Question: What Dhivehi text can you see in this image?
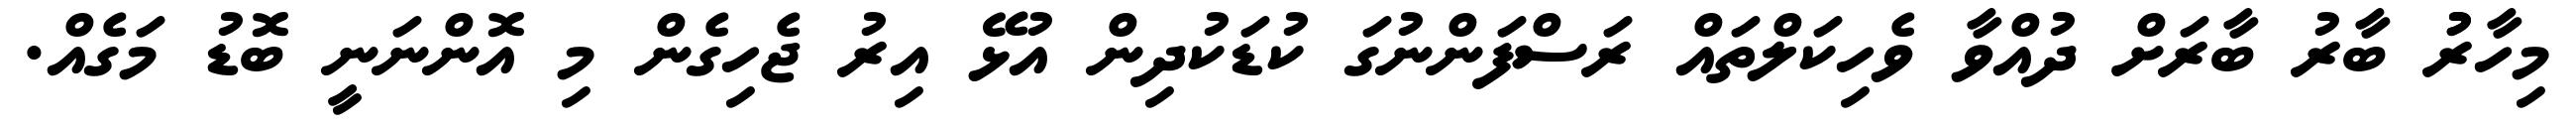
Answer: މިހާރުު ބާރު ބާރަށް ދުއްވާ ވެހިކަލްތައް ރަސްފަންނުގަ ކުޑަކުދިން އުޅޭ އިރު ޖެހިގެން މި އޮންނަނީ ބޮޑު މަގެއް.